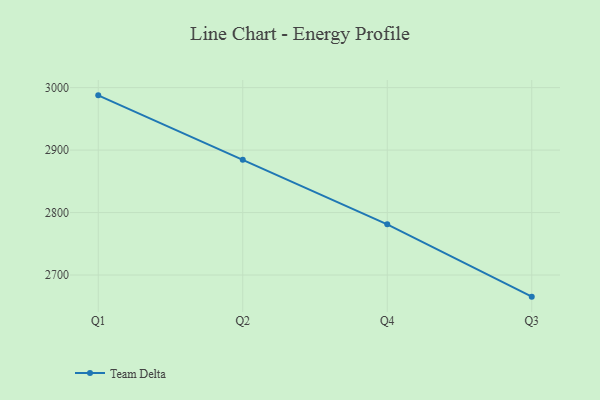
{"axis": {"x": "Quarter", "y": "Budget (USD K)"}, "legend": ["Team Delta"], "data": [{"x": "Q1", "y": 2987.6, "type": "Team Delta"}, {"x": "Q2", "y": 2884.7, "type": "Team Delta"}, {"x": "Q4", "y": 2781.1, "type": "Team Delta"}, {"x": "Q3", "y": 2665.4, "type": "Team Delta"}]}